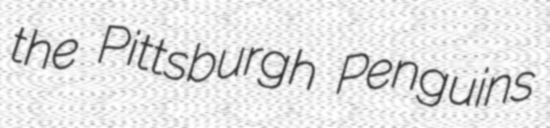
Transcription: the Pittsburgh Penguins